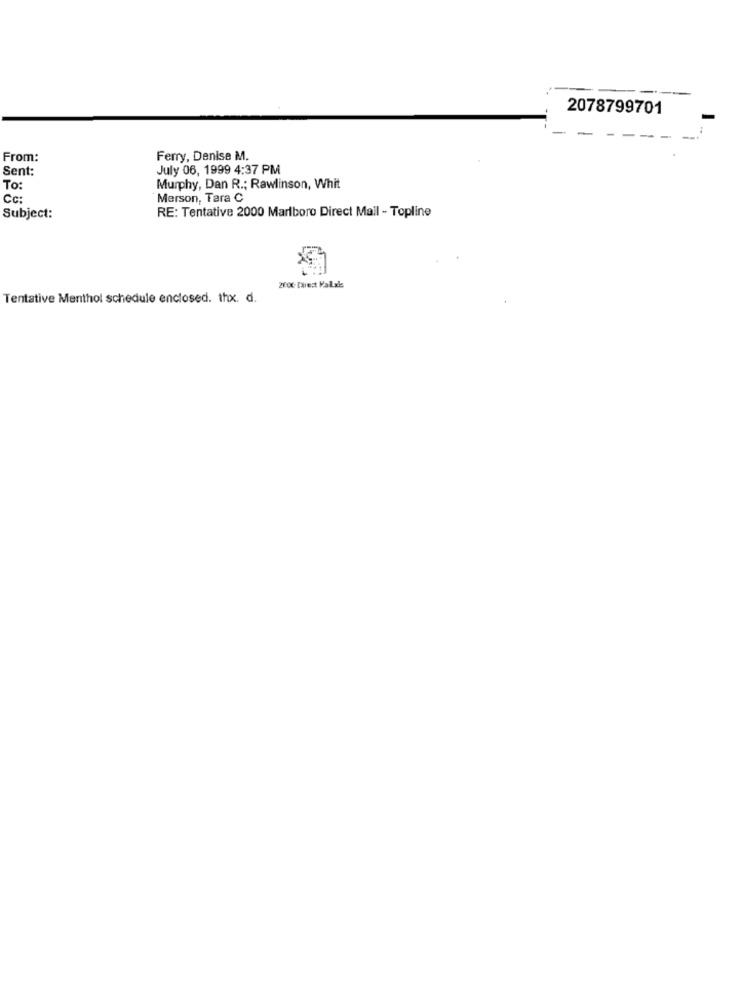
2078799701
From:
Ferry, Denise M.
Sent:
July 06, 1999 4:37 PM
To:
Murphy, Dan R .; Rawlinson, Whit
Cc:
Merson, Tara C
Subject:
RE: Tentative 2000 Marlboro Direct Mail - Topline
2006 Direct Valals
Tentative Menthol schedule enclosed. thx. d.